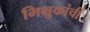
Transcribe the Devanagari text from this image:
भिक्षुकांची